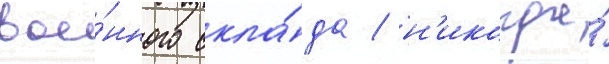
вое́нного скла́да / н'икогда́